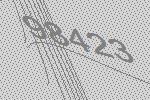
98423